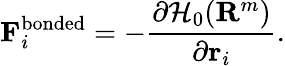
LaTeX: \mathbf{F}_{i}^{\mathrm{bonded}}=-\frac{\partial\mathcal{H}_{0}(\mathbf{R}^{m})}{\partial\mathbf{r}_{i}}.